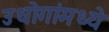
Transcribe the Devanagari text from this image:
उधोगांमध्ये